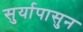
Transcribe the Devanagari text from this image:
सुर्यापासुन